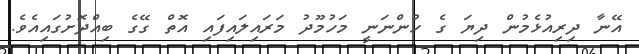
އޭނާ ދިރިއުޅެމުން ދިޔަ ގެ ހުންނަނީ މަހުމޫދު މަރައިލައިފައި އޮތް ގޭގެ ބިއްދޮށުގައިއެވެ.